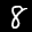
Label: 8